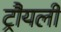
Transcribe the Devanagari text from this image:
ट्रौयली